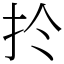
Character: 扵